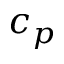
c _ { p }